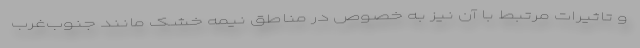
و تاثیرات مرتبط با آن نیز به خصوص در مناطق نیمه خشک مانند جنوب‌غرب